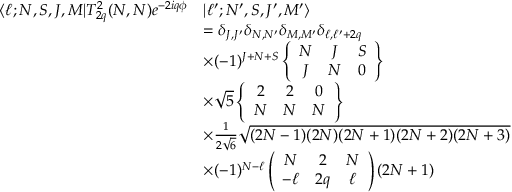
\begin{array} { r l } { \langle \ell ; N , S , J , M | T _ { 2 q } ^ { 2 } ( N , N ) e ^ { - 2 i q \phi } } & { | \ell ^ { \prime } ; N ^ { \prime } , S , J ^ { \prime } , M ^ { \prime } \rangle } \\ & { = \delta _ { J , J ^ { \prime } } \delta _ { N , N ^ { \prime } } \delta _ { M , M ^ { \prime } } \delta _ { \ell , \ell ^ { \prime } + 2 q } } \\ & { \times ( - 1 ) ^ { J + N + S } \left\{ \begin{array} { c c c } { N } & { J } & { S } \\ { J } & { N } & { 0 } \end{array} \right\} } \\ & { \times \sqrt { 5 } \left\{ \begin{array} { c c c } { 2 } & { 2 } & { 0 } \\ { N } & { N } & { N } \end{array} \right\} } \\ & { \times \frac { 1 } { 2 \sqrt { 6 } } \sqrt { ( 2 N - 1 ) ( 2 N ) ( 2 N + 1 ) ( 2 N + 2 ) ( 2 N + 3 ) } } \\ & { \times ( - 1 ) ^ { N - \ell } \left( \begin{array} { c c c } { N } & { 2 } & { N } \\ { - \ell } & { 2 q } & { \ell } \end{array} \right) ( 2 N + 1 ) } \end{array}